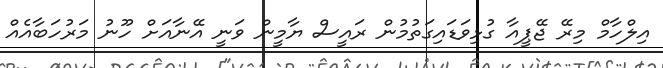
އިލްހާމް މިރޭ ޖޭޕީއާ ގުޅިވަޑައިގަތުމުން ރައީސް ޔާމީން ވަނީ އޭނާއަށް ހޫނު މަރުހަބާއެއް